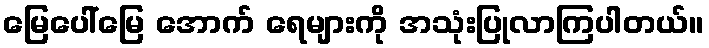
မြေပေါ်မြေ အောက် ရေများကို အသုံးပြုလာကြပါတယ်။